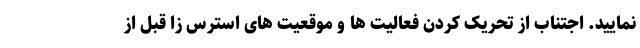
نمایید. اجتناب از تحریک کردن فعالیت ها و موقعیت های استرس زا قبل از